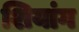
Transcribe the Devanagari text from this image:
शियांग